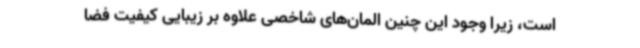
است، زیرا وجود این چنین المان‌های شاخصی علاوه بر زیبایی کیفیت فضا